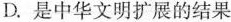
D.是中华文明扩展的结果